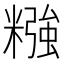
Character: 糨